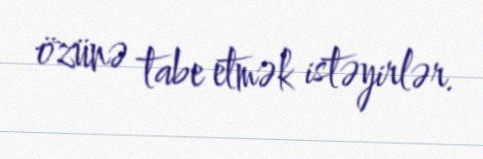
özünə tabe etmək istəyirlər.